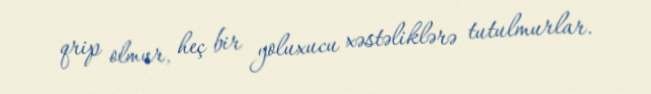
qrip olmur, heç bir yoluxucu xəstəliklərə tutulmurlar.